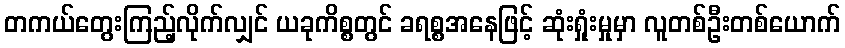
တကယ်တွေးကြည့်လိုက်လျှင် ယခုကိစ္စတွင် ခရစ္စအနေဖြင့် ဆုံးရှုံးမှုမှာ လူတစ်ဦးတစ်ယောက်